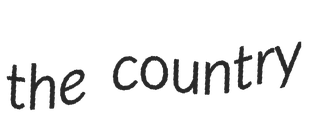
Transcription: the country